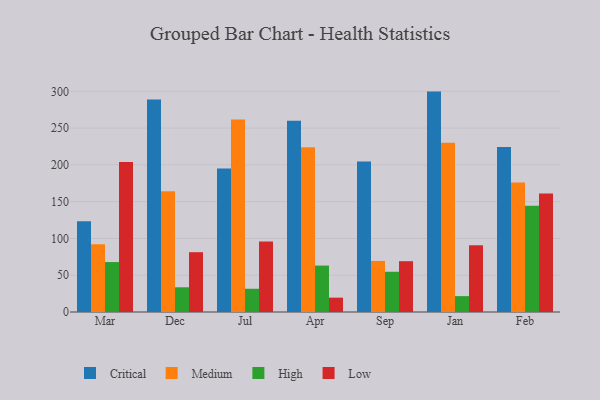
{"axis": {"x": "Month", "y": "Operating Costs (USD K)"}, "legend": ["Critical", "High", "Low", "Medium"], "data": [{"x": "Mar", "y": 123.5, "type": "Critical"}, {"x": "Mar", "y": 92.0, "type": "Medium"}, {"x": "Mar", "y": 67.9, "type": "High"}, {"x": "Mar", "y": 204.0, "type": "Low"}, {"x": "Dec", "y": 288.8, "type": "Critical"}, {"x": "Dec", "y": 164.0, "type": "Medium"}, {"x": "Dec", "y": 33.6, "type": "High"}, {"x": "Dec", "y": 81.3, "type": "Low"}, {"x": "Jul", "y": 195.0, "type": "Critical"}, {"x": "Jul", "y": 261.6, "type": "Medium"}, {"x": "Jul", "y": 31.6, "type": "High"}, {"x": "Jul", "y": 95.9, "type": "Low"}, {"x": "Apr", "y": 259.9, "type": "Critical"}, {"x": "Apr", "y": 224.0, "type": "Medium"}, {"x": "Apr", "y": 63.1, "type": "High"}, {"x": "Apr", "y": 19.5, "type": "Low"}, {"x": "Sep", "y": 204.5, "type": "Critical"}, {"x": "Sep", "y": 69.4, "type": "Medium"}, {"x": "Sep", "y": 54.7, "type": "High"}, {"x": "Sep", "y": 69.1, "type": "Low"}, {"x": "Jan", "y": 299.6, "type": "Critical"}, {"x": "Jan", "y": 229.9, "type": "Medium"}, {"x": "Jan", "y": 21.6, "type": "High"}, {"x": "Jan", "y": 90.8, "type": "Low"}, {"x": "Feb", "y": 224.3, "type": "Critical"}, {"x": "Feb", "y": 176.1, "type": "Medium"}, {"x": "Feb", "y": 144.4, "type": "High"}, {"x": "Feb", "y": 161.0, "type": "Low"}]}